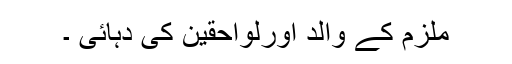
ملزم کے والد اورلواحقین کی دہائی ۔